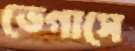
ভেগাসে